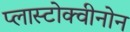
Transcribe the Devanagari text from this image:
प्लास्टोक्वीनोन